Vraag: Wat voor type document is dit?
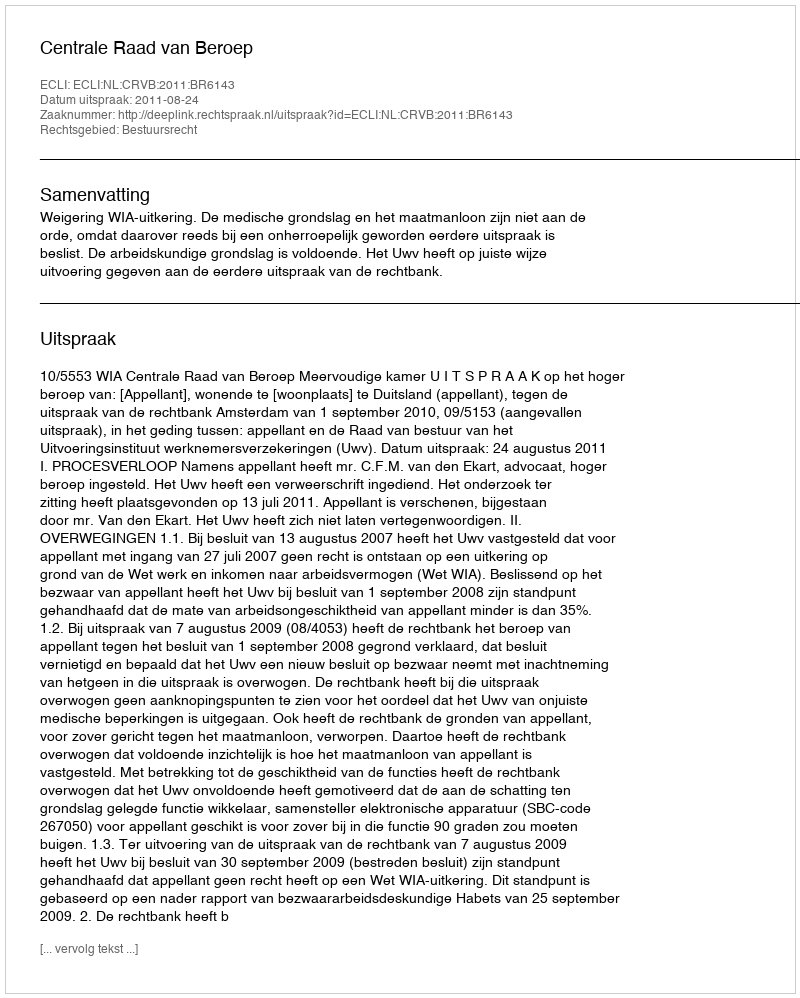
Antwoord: Uitspraak